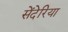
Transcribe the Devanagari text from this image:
सेंदेरिया